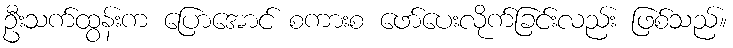
ဦးသက်ထွန်းက ပြောအောင် စကားစ ဖော်ပေးလိုက်ခြင်းလည်း ဖြစ်သည်။